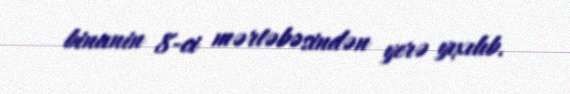
binanin 8-ci mərtəbəsindən yerə yıxılıb.